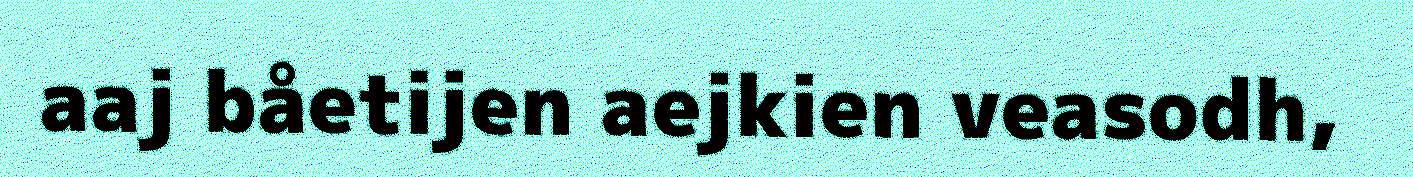
aaj båetijen aejkien veasodh,